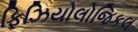
ફિઝિયોલોજિકલ